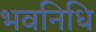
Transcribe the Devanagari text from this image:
भवनिधि